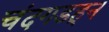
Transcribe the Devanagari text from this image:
चंदगडहून